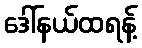
ဒေါ်နယ်ထရန့်